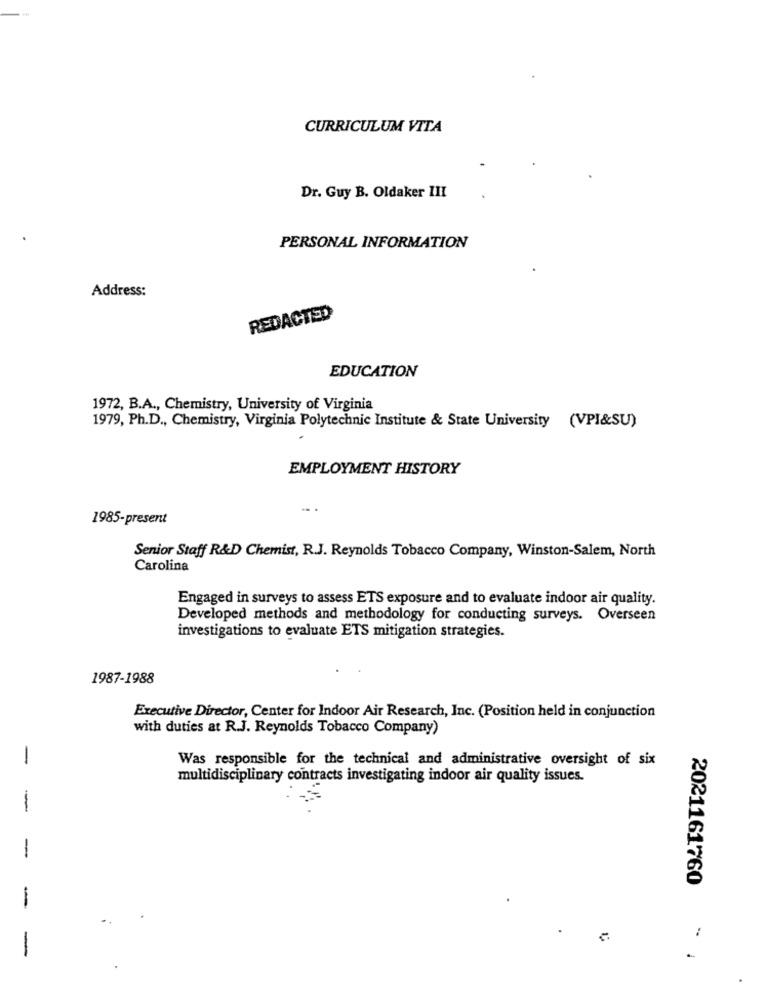
CURRICULUM VITA
Dr. Guy B. Oldaker III
PERSONAL INFORMATION
Address:
REDACTED
EDUCATION
1972, B.A ., Chemistry, University of Virginia
1979, Ph.D ., Chemistry, Virginia Polytechnic Institute & State University (VPI&SU)
EMPLOYMENT HISTORY
...
1985-present
Senior Staff R&D Chemist, R.J. Reynolds Tobacco Company, Winston-Salem, North
Carolina
Engaged in surveys to assess ETS exposure and to evaluate indoor air quality.
Developed methods and methodology for conducting surveys. Overseen
investigations to evaluate ETS mitigation strategies.
1987-1988
Executive Director, Center for Indoor Air Research, Inc. (Position held in conjunction
with duties at R.J. Reynolds Tobacco Company)
-
Was responsible for the technical and administrative oversight of six
multidisciplinary contracts investigating indoor air quality issues.
-
-
2021161760
: